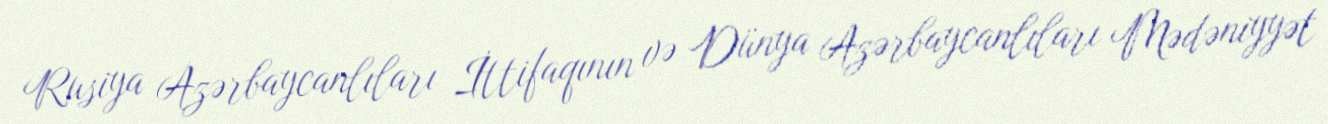
Rusiya Azərbaycanlıları İttifaqının və Dünya Azərbaycanlıları Mədəniyyət